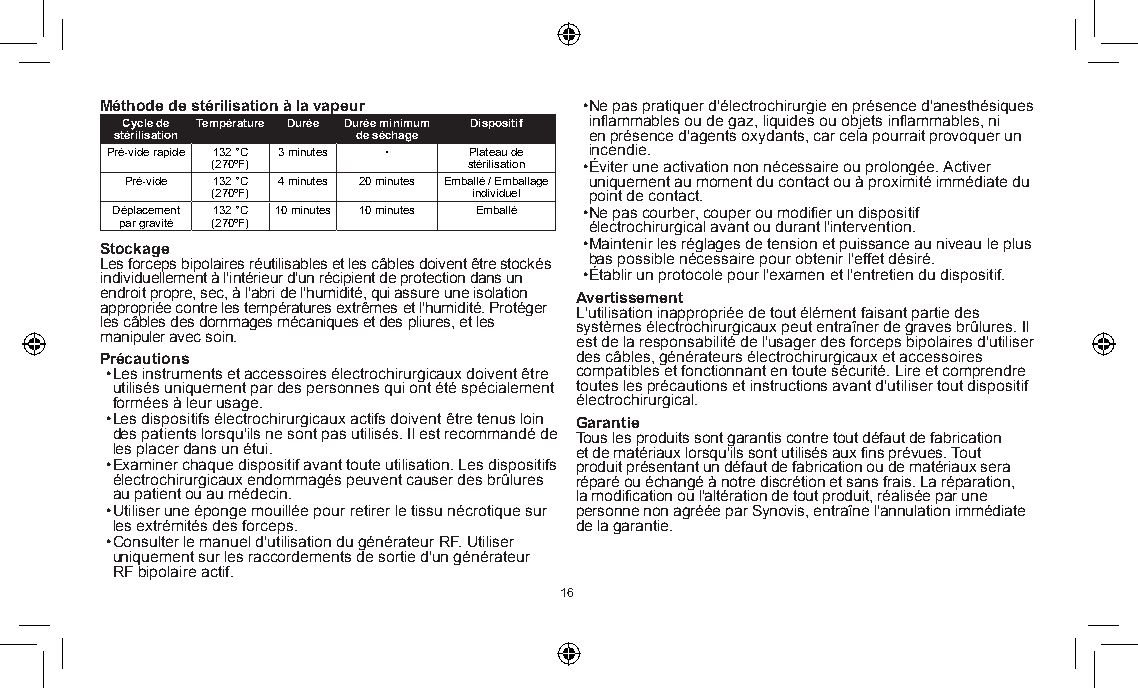
Méthode de stérilisation à la vapeur • Ne pas pratiquer d'électrochirurgie en présence d'anesthésiques
 Cycle de Température Durée Durée minimum Dispositif inflammables ou de gaz, liquides ou objets inflammables, ni
 stérilisation   de séchage     en présence d'agents oxydants, car cela pourrait provoquer un
 Pré-vide rapide 132 °C 3 minutes • Plateau de incendie.
 (270ºF)          stérilisation • Éviter une activation non nécessaire ou prolongée. Activer
 Pré-vide 132 °C 4 minutes 20 minutes Emballé / Emballage uniquement au moment du contact ou à proximité immédiate du
 (270ºF)          individuel point de contact.
 Déplacement 132 °C 10 minutes 10 minutes Emballé • Ne pas courber, couper ou modifier un dispositif
 par gravité (270ºF)            électrochirurgical avant ou durant l'intervention.
 Stockage                        • Maintenir les réglages de tension et puissance au niveau le plus
 Les forceps bipolaires réutilisables et les câbles doivent être stockés bas possible nécessaire pour obtenir l'effet désiré.
 individuellement à l'intérieur d'un récipient de protection dans un • Établir un protocole pour l'examen et l'entretien du dispositif.
 endroit propre, sec, à l'abri de l'humidité, qui assure une isolation Avertissement
 appropriée contre les températures extrêmes et l'humidité. Protéger L'utilisation inappropriée de tout élément faisant partie des
 les câbles des dommages mécaniques et des pliures, et les systèmes électrochirurgicaux peut entraîner de graves brûlures. Il
 manipuler avec soin.           est de la responsabilité de l'usager des forceps bipolaires d'utiliser
 Précautions                    des câbles, générateurs électrochirurgicaux et accessoires
 • Les instruments et accessoires électrochirurgicaux doivent être compatibles et fonctionnant en toute sécurité. Lire et comprendre
 utilisés uniquement par des personnes qui ont été spécialement toutes les précautions et instructions avant d'utiliser tout dispositif
 formées à leur usage.          électrochirurgical.
 • Les dispositifs électrochirurgicaux actifs doivent être tenus loin Garantie
 des patients lorsqu'ils ne sont pas utilisés. Il est recommandé de Tous les produits sont garantis contre tout défaut de fabrication
 les placer dans un étui.       et de matériaux lorsqu'ils sont utilisés aux fins prévues. Tout
 • Examiner chaque dispositif avant toute utilisation. Les dispositifs produit présentant un défaut de fabrication ou de matériaux sera
 électrochirurgicaux endommagés peuvent causer des brûlures réparé ou échangé à notre discrétion et sans frais. La réparation,
 au patient ou au médecin.      la modification ou l'altération de tout produit, réalisée par une
 • Utiliser une éponge mouillée pour retirer le tissu nécrotique sur personne non agréée par Synovis, entraîne l'annulation immédiate
 les extrémités des forceps.    de la garantie.
 • Consulter le manuel d'utilisation du générateur RF. Utiliser
 uniquement sur les raccordements de sortie d'un générateur
 RF bipolaire actif.
 16